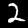
Digit: 2